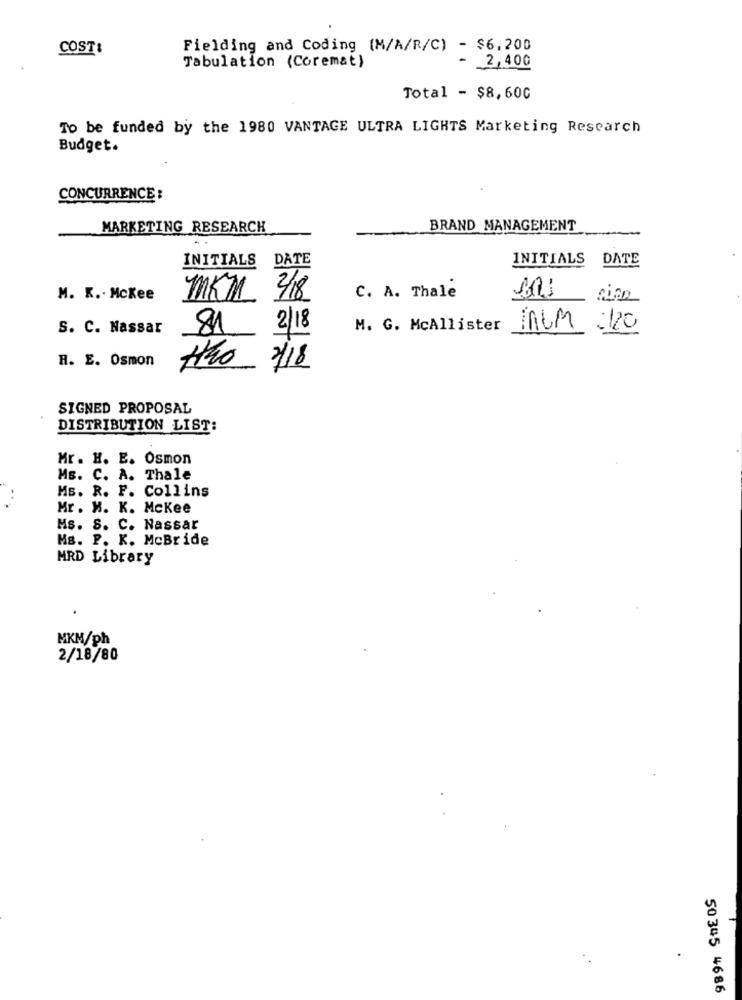
COST:
Fielding and Coding (M/A/R/C) - $6,200
Tabulation (Coremat)
- 2,400
Total - $8,600
To be funded by the 1980 VANTAGE ULTRA LIGHTS Marketing Research
Budget.
CONCURRENCE :
MARKETING RESEARCH
BRAND MANAGEMENT
INITIALS
DATE
INITIALS DATE
M. K .. Mckee
MKM 3/18
C. A. Thale
S. C. Nassar
81
2/18
M. G. McAllister
MALM :120
H. E. Osmon
the
2/18
SIGNED PROPOSAL
DISTRIBUTION LIST:
Mr. H. E. Osmon
Ms. C. A. Thale
Ms. R. F. Collins
Mr. H. K. Mckee
Ms. S. C. Nassar
Ms. P. K. McBride
MRD Library
MKM/ph
2/18/80
50345 4686